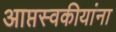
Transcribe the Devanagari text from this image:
आप्तस्वकीयांना